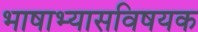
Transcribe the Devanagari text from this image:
भाषाभ्यासविषयक